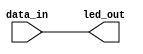
module led_driver(
    input [7:0] data_in,
    output reg [7:0] led_out
);

assign led_out = data_in;

endmodule